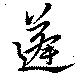
蓬